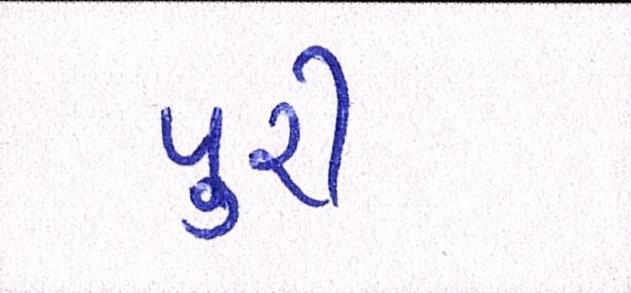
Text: પુરી